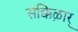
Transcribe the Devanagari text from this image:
सेक्किऴार्